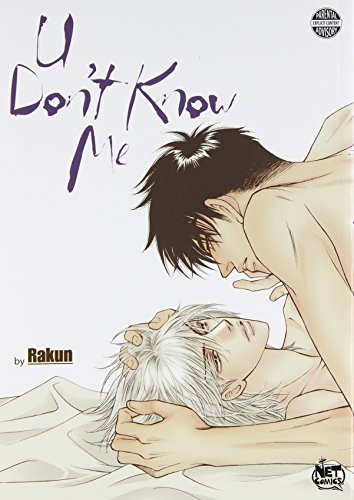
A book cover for U Don't Know Me; Rakun; Comics & Graphic Novels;